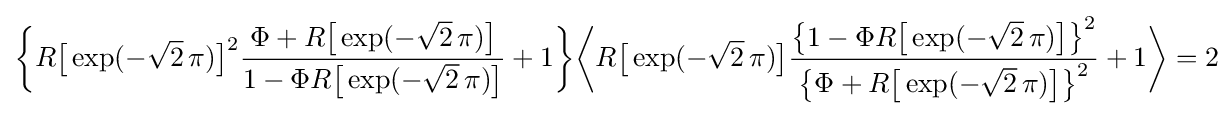
{\biggl \{}R{\bigl [}\exp(-{\sqrt {2}}\,\pi ){\bigr ]}^{2}{\frac {\Phi +R{\bigl [}\exp(-{\sqrt {2}}\,\pi ){\bigr ]}}{1-\Phi R{\bigl [}\exp(-{\sqrt {2}}\,\pi ){\bigr ]}}}+1{\biggr \}}{\biggl \langle }R{\bigl [}\exp(-{\sqrt {2}}\,\pi ){\bigr ]}{\frac {{\bigl \{}1-\Phi R{\bigl [}\exp(-{\sqrt {2}}\,\pi ){\bigr ]}{\bigr \}}^{2}}{{\bigl \{}\Phi +R{\bigl [}\exp(-{\sqrt {2}}\,\pi ){\bigr ]}{\bigr \}}^{2}}}+1{\biggr \rangle }=2